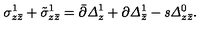
\sigma _ { z \bar { z } } ^ { 1 } + \tilde { \sigma } _ { z \bar { z } } ^ { 1 } = \bar { \partial } { \it \Delta } _ { z } ^ { 1 } + \partial { \it \Delta } _ { \bar { z } } ^ { 1 } - { \it s } { \it \Delta } _ { z \bar { z } } ^ { 0 } .